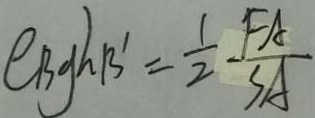
e _ { B g } h B ^ { \prime } = \frac { 1 } { 2 } - \frac { F A } { S A }